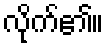
လိုက်၏။